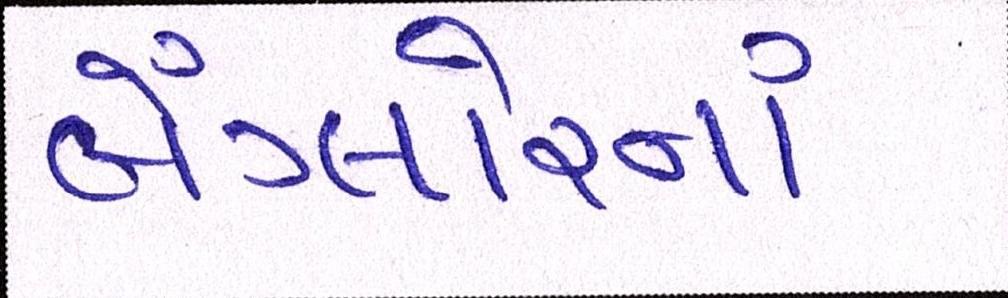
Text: બેંગ્લોરનાં